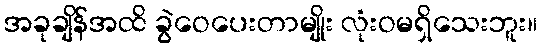
အခုချိန်အထိ ခွဲဝေပေးတာမျိုး လုံးဝမရှိသေးဘူး။